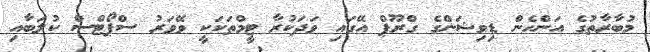
މުބާރާތުގެ އަންހެން ޑިވިޝަންގެ ގްރޫޕް އޭގައި ވަދަކުރާ ޓީމްތަކަކީ ވޭވަރު ސްޕޯޓްސް ކުލަބާއި